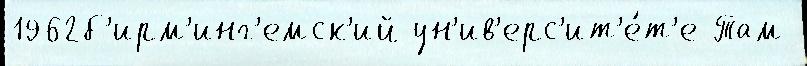
1962б'ирм'инг'емск'ий ун'ив'ерс'ит'е́т'е Там